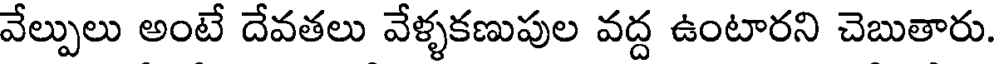
వేల్పులు అంటే దేవతలు వేళ్ళకణుపుల వద్ద ఉంటారని చెబుతారు.